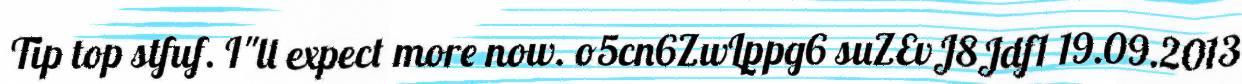
Tip top stfuf. I"ll expect more now. o5cn6ZwLppg6 suZEvJ8Jdf1 19.09.2013